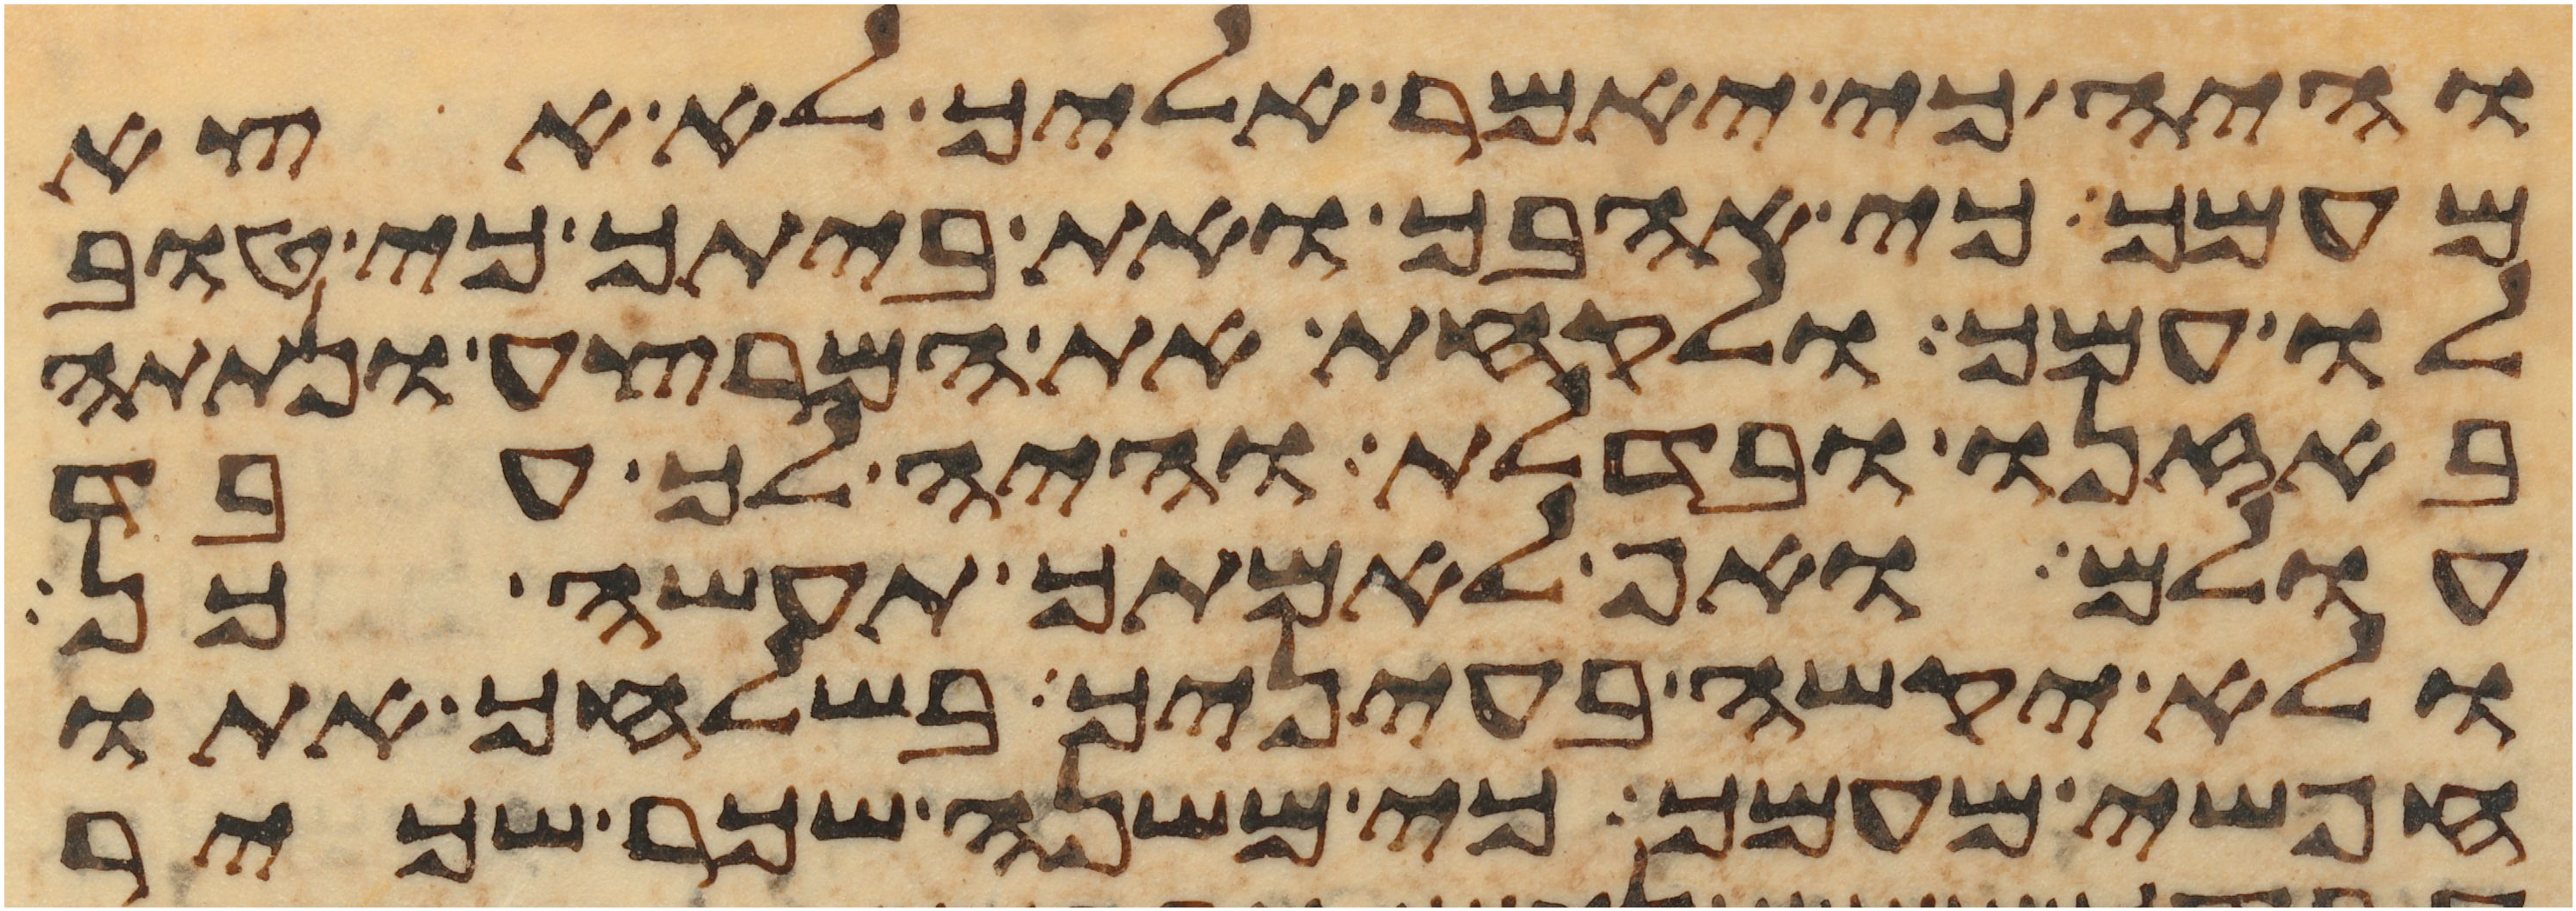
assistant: והיה כי יאמר אליך לא אצא
מעמך כי אהבך ואת ביתך כי טוב
לו עמך ולקחת את המרצע ונתתה
באזנו ובדלת והיה לך עבד
עולם ואף לאמתך תעשה כן
ולא יקשה בעיניך בשלחך אתו
חפשי מעמך כי משנה שכר שכיר